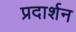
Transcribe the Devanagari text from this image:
प्रदार्शन